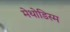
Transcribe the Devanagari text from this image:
मेथोडिस्म